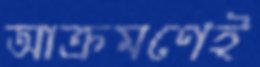
আক্রমণেই